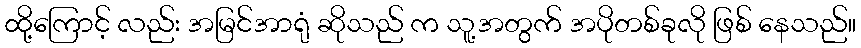
ထို့ကြောင့် လည်း အမြင်အာရုံ ဆိုသည် က သူ့အတွက် အပိုတစ်ခုလို ဖြစ် နေသည်။